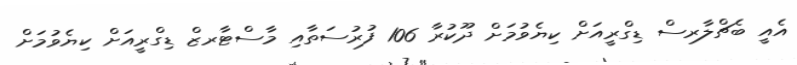
އެއީ ބެޗްލާރސް ޑިގްރީއަށް ކިޔެވުމަށް ދޫކުރާ 106 ފުރުސަތާއި މާސްޓާރޒް ޑިގްރީއަށް ކިޔެވުމަށް